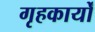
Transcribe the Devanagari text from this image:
गृहकार्यों